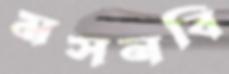
মসনবি